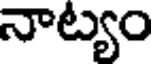
నాట్యం